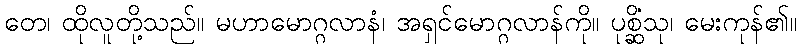
တေ၊ ထိုလူတို့သည်။ မဟာမောဂ္ဂလာနံ၊ အရှင်မောဂ္ဂလာန်ကို။ ပုစ္ဆိံသု၊ မေးကုန်၏။